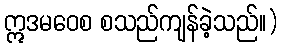
ဣဒမဝေစ စသည်ကျန်ခဲ့သည်။)